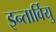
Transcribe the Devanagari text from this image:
इन्तार्वियु